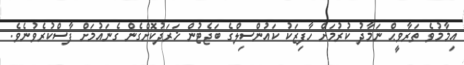
އިމާމުވެ ތަރާވީޙް ނަމާދު ކުރުމަށް ހާފިޒަކު ކައުންސިލްގެ ބަޖެޓުން ޚަރަދުކޮށްގެން ގެނައުމަށް ފާސްކުރެވުނެވެ.